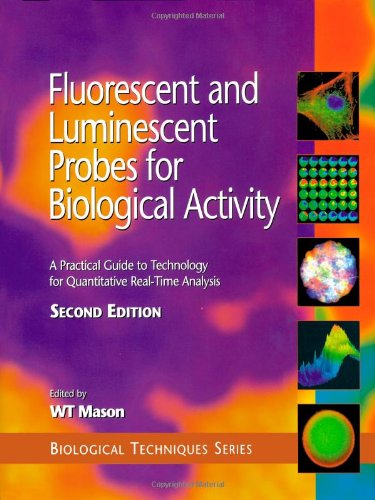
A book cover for Fluorescent and Luminescent Probes for Biological Activity, Second Edition: A Practical Guide to Technology for Quantitative Real-Time Analysis (Biological Techniques Series); Science & Math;